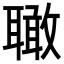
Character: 𦗪